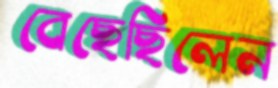
বেছেছিলেন